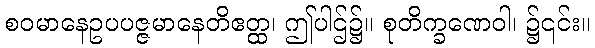
စဝမာနေဥပပဇ္ဇမာနေတိဧတ္ထ၊ ဤပါဌ်၌။ စုတိက္ခဏေဝါ၊ ၌၎င်း။